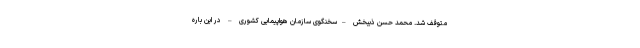
متوقف شد. محمد حسن ذیبخش –سخنگوی سازمان هواپیمایی کشوری – در این باره